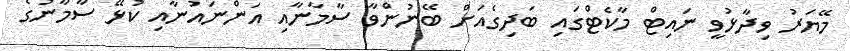
މޭޔަރު ވިދާޅުވީ ނައިޓް މާކެޓްގައި ބަދިގެއަށް ބޭނުންވާ ސާމާނާއި އަންނައުނާއި ކުޅޭ ސާމާނުގެ